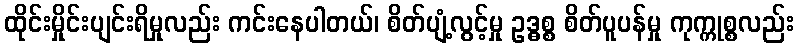
ထိုင်းမှိုင်းပျင်းရိမှုလည်း ကင်းနေပါတယ်၊ စိတ်ပျံ့လွင့်မှု ဥဒ္ဓစ္စ စိတ်ပူပန်မှု ကုက္ကုစ္စလည်း